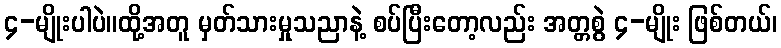
၄-မျိုးပါပဲ။ထို့အတူ မှတ်သားမှုသညာနဲ့ စပ်ပြီးတော့လည်း အတ္တစွဲ ၄-မျိုး ဖြစ်တယ်၊